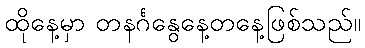
ထိုနေ့မှာ တနင်္ဂနွေနေ့တနေ့ဖြစ်သည်။